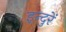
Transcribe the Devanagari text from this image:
इन्दुरें